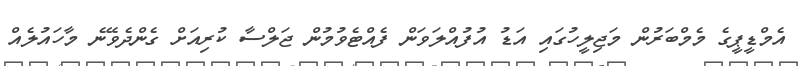
އެމްޑީޕީގެ މެމްބަރުން މަޖިލީހުގައި އަޑު އުފުއްލަވަން ފެއްޓެވުމުން ޖަލްސާ ކުރިއަށް ގެންދެވޭނެ މާހައުލެއް